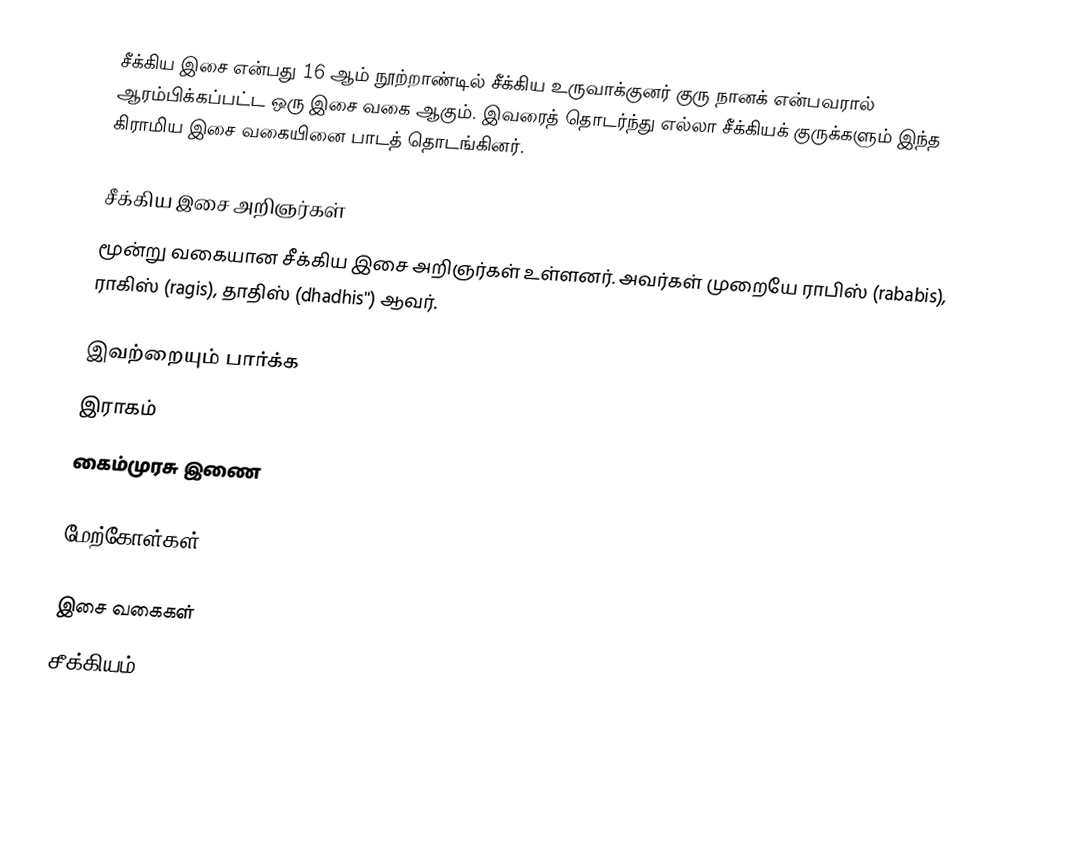
சீக்கிய இசை என்பது 16 ஆம் நூற்றாண்டில் சீக்கிய உருவாக்குனர் குரு நானக் என்பவரால் ஆரம்பிக்கப்பட்ட ஒரு இசை வகை ஆகும். இவரைத் தொடர்ந்து எல்லா சீக்கியக் குருக்களும் இந்த கிராமிய இசை வகையினை பாடத் தொடங்கினர்.

சீக்கிய இசை அறிஞர்கள்
மூன்று வகையான சீக்கிய இசை அறிஞர்கள் உள்ளனர். அவர்கள் முறையே ராபிஸ் (rababis), ராகிஸ் (ragis), தாதிஸ் (dhadhis'') ஆவர்.

இவற்றையும் பார்க்க
 இராகம்
 கைம்முரசு இணை

மேற்கோள்கள்

இசை வகைகள்
சீக்கியம்